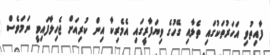
ފާއިތުވި އަހަރުތަކުގައި ތެލާއި ގޭހުގެ ވިޔަފާރީގައި އެމެރިކާ އިން ކުރިއަށް ޖެހިލާފައިވީ ނަމަވެސް